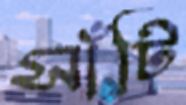
সাঁটি